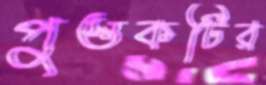
পুস্তকটির